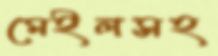
মেইলসহ